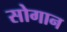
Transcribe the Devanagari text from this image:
सोगान